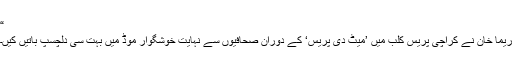
“
ریما خان نے کراچی پریس کلب میں ’میٹ دی پریس‘ کے دوران صحافیوں سے نہایت خوشگوار موڈ میں بہت سی دلچسپ باتیں کیں۔